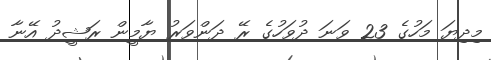
މިދިޔަ މަހުގެ 23 ވަނަ ދުވަހުގެ ރޭ ދަންވަރު ޔާމީން ރަޝީދު އޭނާ